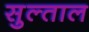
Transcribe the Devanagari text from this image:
सुल्ताल